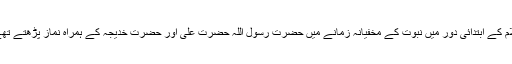
اسلام کے ابتدائی دور میں نبوت کے مخفیانہ زمانے میں حضرت رسول اللہ حضرت علی اور حضرت خدیجہ کے ہمراہ نماز پڑھتے تھے ۔